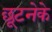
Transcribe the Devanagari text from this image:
छूटनेके